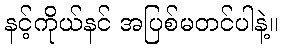
နင့်ကိုယ်နင် အပြစ်မတင်ပါနဲ့။